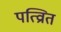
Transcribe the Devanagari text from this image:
पत्व्राित